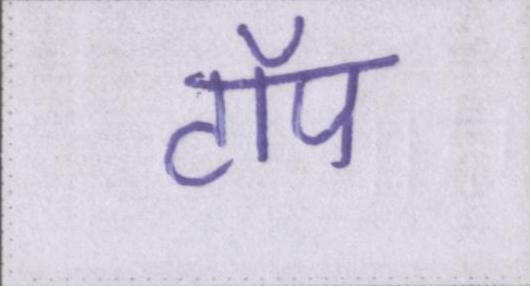
टॉप